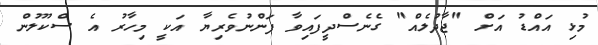
މުޅި އައްޑު އަށް "ޖާދުލެއް" ގެނެސްދީފައިވާ ފަންނުވެރިޔާ އަކީ މިހާރު އެ ސްކޫލުން